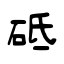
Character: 砥